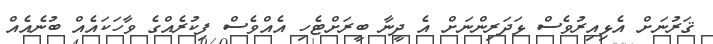
ޤަރުނަށް އެޅިއިރުވެސް ޅަދަރިންނަށް އެ ދީނާ ބީރަށްޓެހި އެއްވެސް ފިކުރެއްގެ ވާހަކައެއް ބުނެއެއް